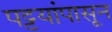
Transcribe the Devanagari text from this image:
पट्टयांपासून